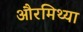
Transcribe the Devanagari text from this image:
औरमिथ्या